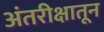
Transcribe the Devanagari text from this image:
अंतरीक्षातून